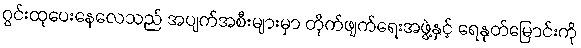
ဂွင်းထုပေးနေလေသည် အပျက်အစီးများမှာ တိုက်ဖျက်ရေးအဖွဲ့နှင့် ရေနုတ်မြောင်းကို